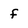
Character: f